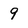
Character: 9